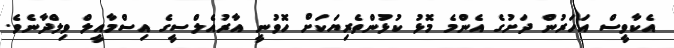
އެކާވީސް އަހަރުން ދަށުގެ އެންމެ މޮޅު ކުޅުންތެރިޔަކަށް ހޮވުނީ އާރުއެލްސީގެ އިސްމާއީލް ވިލްދާނެވެ.